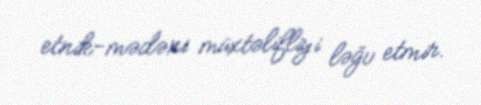
etnik-mədəni müxtəlifliyi ləğv etmir.